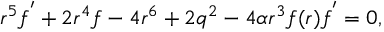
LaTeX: r ^ { 5 } f ^ { ^ { \prime } } + 2 r ^ { 4 } f - 4 r ^ { 6 } + 2 q ^ { 2 } - 4 \alpha r ^ { 3 } f ( r ) f ^ { ^ { \prime } } = 0 ,